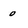
Character: o